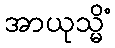
အာယုသ္မိံ